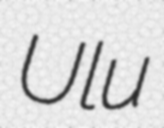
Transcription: Ulu